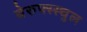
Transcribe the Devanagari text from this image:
बेरुफ्स्स्चुल